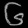
Digit: ၆